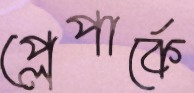
প্লেপার্কে